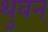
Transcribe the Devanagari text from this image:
थुवन्